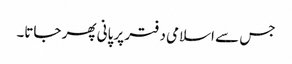
جس سے اسلامی دفتر پر پانی پھر جاتا۔